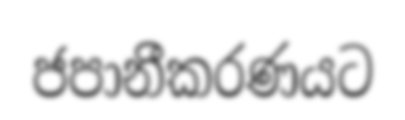
ජපානීකරණයට